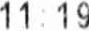
11:19